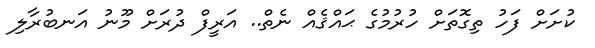
ކުށަށް ފަހު ތިގޮތަށް ހުރުމުގެ ޙައްޤެއް ނެތް.. އަރީފް ދުރަށް މޫނު އަނބުރާލި